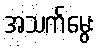
အသက်မွေး